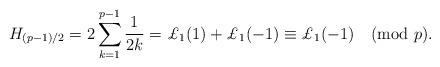
LaTeX: \begin{align*}H_{(p-1)/2}=2\sum_{k=1}^{p-1}\frac{1}{2k}=\pounds_1(1)+\pounds_1(-1)\equiv\pounds_1(-1)\pmod{p}.\end{align*}